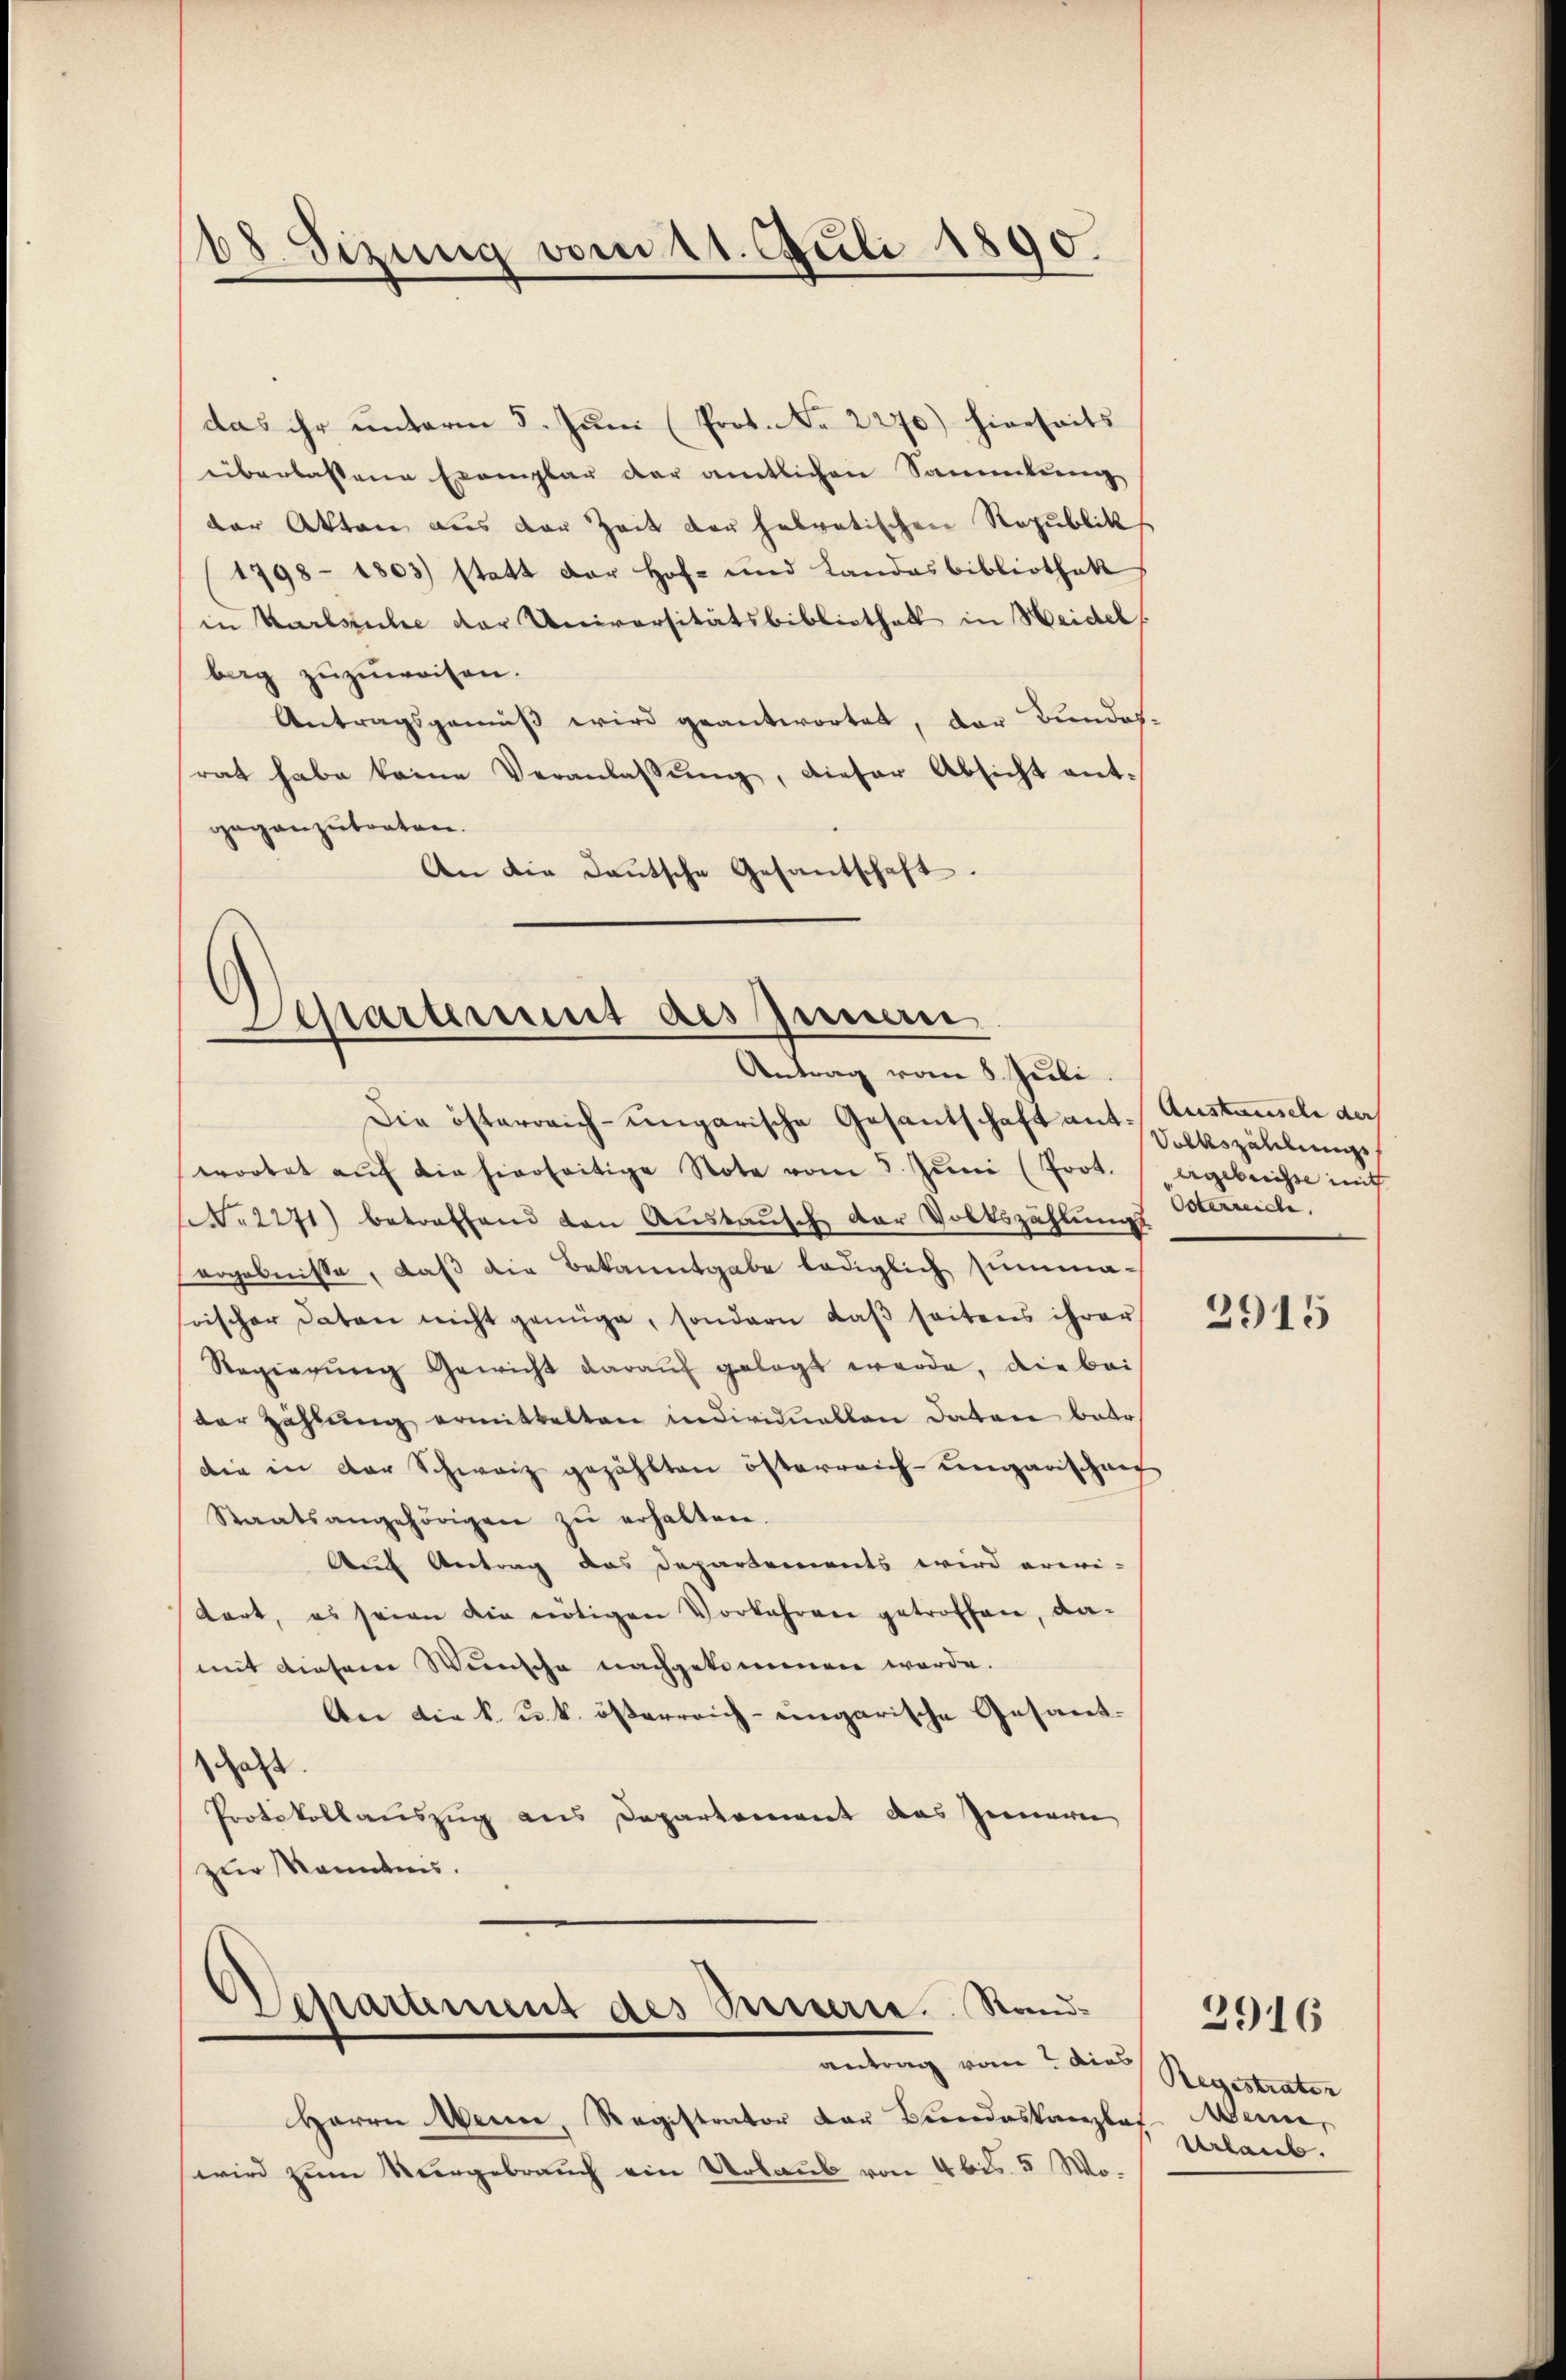
das ihr unterm 5. Juni (Prot. No 2270) hierseits
überlassene Exemplar der amtlichen Sammlung
der Akten aus der Zeit der helvetischen Republik
1798 - 1803) statt der Hof- und Landasbibliothek
in Karlsruhe der Universitätsbibliothek in Heidel
bag zuzuweisen.
Antragsgemäß wird geantwortet, der Bundes-
rat habe keine Veranlaβŭng, dieser Absicht ent-
geganzutreten.
An die Daŭtsche Gesantschaft.

68. Sizung vom 11. Juli 1890.

Separtement des Innen.
Antrag vom 8. Juli.

Die österreich-ungarische Gesandschaft ant. Austausel der
wortet aŭf die hierseitige Note vom 3. Jŭni (Prot. ergebreisse mit
. 2271) betreffend den Austausch der Volkszählungs
ergebnisse, daß die Bekanntgabe lediglich summasoischer Daten nicht genüge, sondern daß seitens ihrer
Regierung Gewicht darauf gelegt werde, die bei
der Zählung ermittelten individuellen Daton betr.
die in der Schweiz gezählten österreich-ungarischen
Staatsangehörigen zŭ erhalten.
Auf Antrag das Departements wird erwei-
tart, es seien die nötigen Vorkehren getroffen, da-
mit diesem Wunsche nachgekommen werde.
An die k. u. k. österreich eingarische Gesandschaft.
Protokollauszug aus Departement das Gemein
zur Kenntnis.

Repartement des Peterie. Sandantrag vom 2 dies

Herrn Wenn, Registrator von Bundeskanzlos. Manne,
wird zum Vergebrauch ein Urlaub von 4 bis 5 Wo¬

Volkszählung
Osterreiche

3915

2916

Registrater
Urlaub.